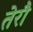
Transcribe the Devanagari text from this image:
तेरौ